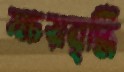
ক্ষয়বৃদ্ধি